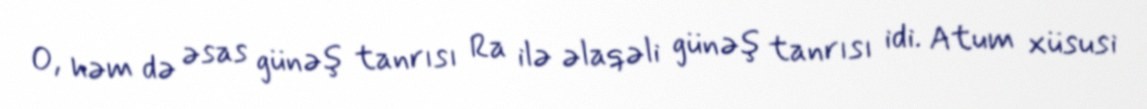
O, həm də əsas günəş tanrısı Ra ilə əlaqəli günəş tanrısı idi. Atum xüsusi